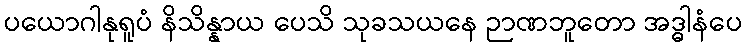
ပယောဂါနုရူပံ နိသိန္နာယ ပေသိ သုခသယနေ ဉာဏဘူတော အဒ္ဓါနံပေ